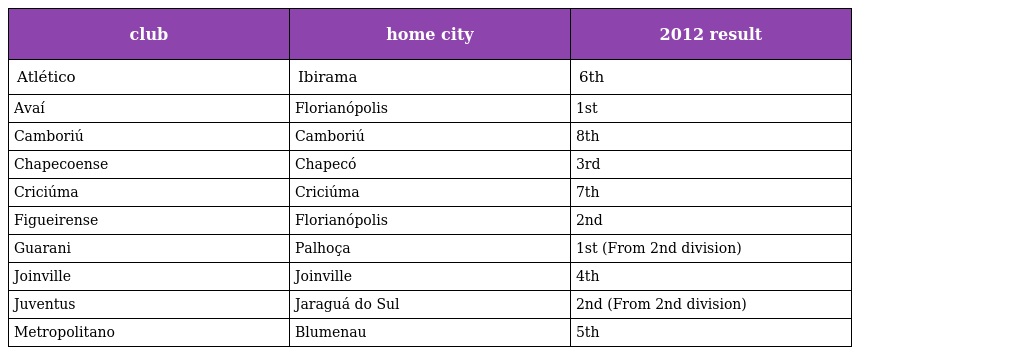
| club | home city | 2012 result |
 | --- | --- | --- |
 | Atlético | Ibirama | 6th |
 | Avaí | Florianópolis | 1st |
 | Camboriú | Camboriú | 8th |
 | Chapecoense | Chapecó | 3rd |
 | Criciúma | Criciúma | 7th |
 | Figueirense | Florianópolis | 2nd |
 | Guarani | Palhoça | 1st (From 2nd division) |
 | Joinville | Joinville | 4th |
 | Juventus | Jaraguá do Sul | 2nd (From 2nd division) |
 | Metropolitano | Blumenau | 5th |